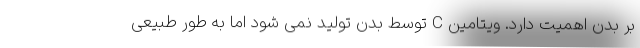
بر بدن اهمیت دارد. ویتامین C توسط بدن تولید نمی شود اما به طور طبیعی